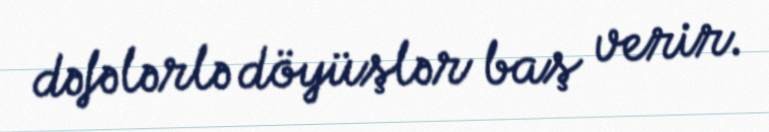
dəfələrlə döyüşlər baş verir.